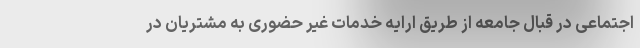
اجتماعی در قبال جامعه از طریق ارایه خدمات غیر حضوری به مشتریان در